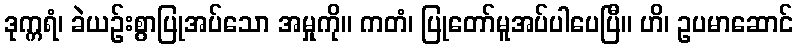
ဒုက္ကရံ၊ ခဲယဉ်းစွာပြုအပ်သော အမှုကို။ ကတံ၊ ပြုတော်မူအပ်ပါပေပြီ။ ဟိ၊ ဥပမာဆောင်